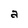
Character: a